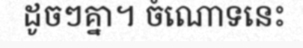
ដូចៗគ្នា។ ចំណោទនេះ